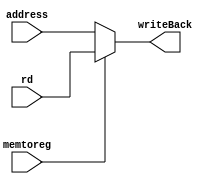
`timescale 1ns / 1ps
//////////////////////////////////////////////////////////////////////////////////
// Company: 
// Engineer: 
// 
// Design Name: 
// Module Name:    writeBackPipe 
// Project Name: 
// Target Devices: 
// Tool versions: 
// Description: 
//
// Dependencies: 
//
// Revision: 
// Revision 0.01 - File Created
// Additional Comments: 
//
//////////////////////////////////////////////////////////////////////////////////
module writeBackPipe(rd,address,memtoreg,writeBack
    );
	input [31:0]rd;
	input [31:0]address;
	input memtoreg;
	output [31:0]writeBack;
	
	assign writeBack=memtoreg?rd:address;
endmodule